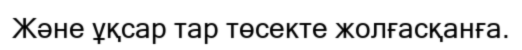
Және ұқсар тар төсекте жолғасқанға.